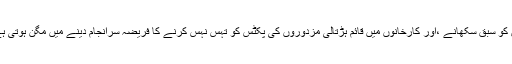
ایسے عالم میں کہ جب پولیس والے احتجاج کرنے والے طالبعلموں کو سبق سکھانے ،اور کارخانوں میں قائم ہڑتالی مزدوروں کی پکٹس کو تہس نہس کرنے کا فریضہ سرانجام دینے میں مگن ہوتی ہے عین اسی وقت یہ مجرمانہ سرگرمیوں میں بھی ملوث رہتی ہے۔